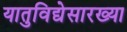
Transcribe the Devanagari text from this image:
यातुविद्येसारख्या